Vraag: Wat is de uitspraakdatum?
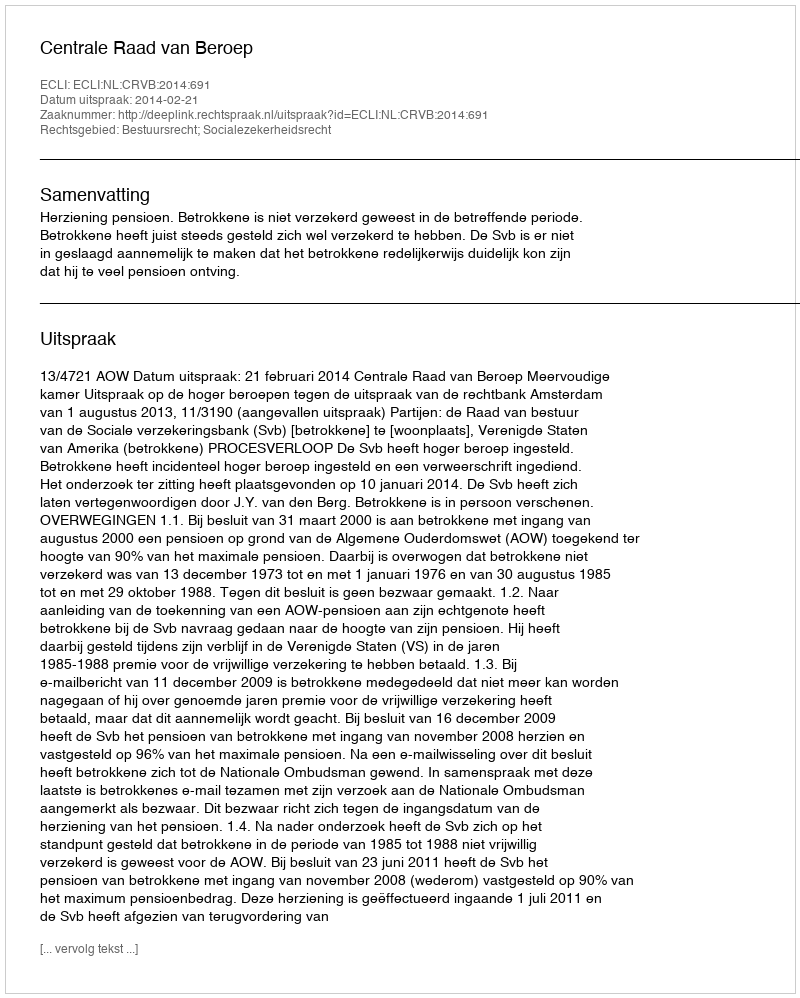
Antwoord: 2014-02-21